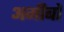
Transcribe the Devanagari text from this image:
अमीबों